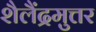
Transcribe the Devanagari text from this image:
शैलैंद्रमुत्तर